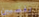
تغضبين